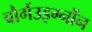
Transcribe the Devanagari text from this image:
बौर्गउइग्नोंन